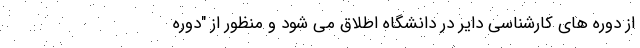
از دوره های کارشناسی دایر در دانشگاه اطلاق می شود و منظور از "دوره